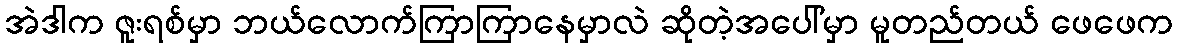
အဲဒါက ဇူးရစ်မှာ ဘယ်လောက်ကြာကြာနေမှာလဲ ဆိုတဲ့အပေါ်မှာ မူတည်တယ် ဖေဖေက